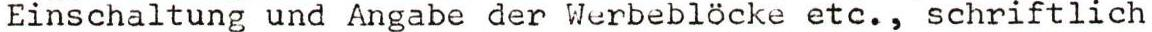
Einschaltung und Angabe der Werbeblöcke etc., schriftlich